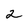
Character: 2